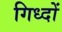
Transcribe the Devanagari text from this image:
गिध्दों